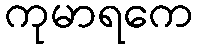
ကုမာရကေ